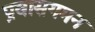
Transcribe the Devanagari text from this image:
प्रवासगमन